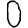
Digit: 0